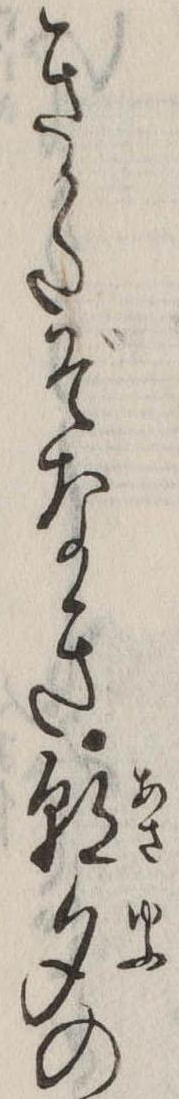
きかたぞなき朝夕の